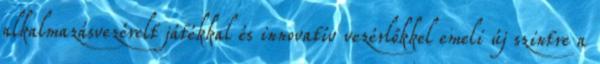
alkalmazásvezérelt játékkal és innovatív vezérlőkkel emeli új szintre a